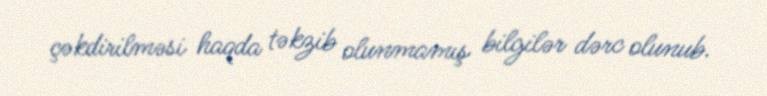
çəkdirilməsi haqda təkzib olunmamış bilgilər dərc olunub.